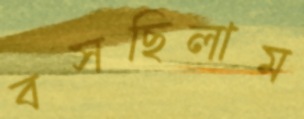
বসছিলাম